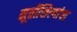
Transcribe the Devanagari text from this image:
मूर्तीशिल्पांचा